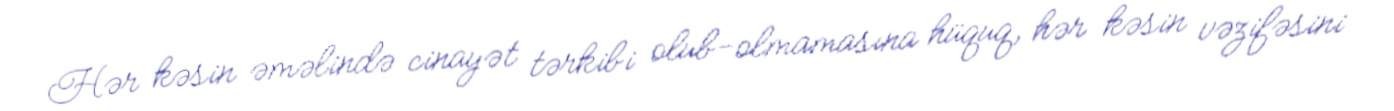
Hər kəsin əməlində cinayət tərkibi olub-olmamasına hüquq, hər kəsin vəzifəsini